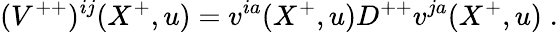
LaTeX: ({V}^{++})^{ij}(X^{+},u)=v^{ia}(X^{+},u)D^{++}v^{ja}(X^{+},u)\; .